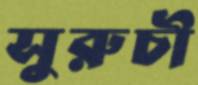
সুরুচী